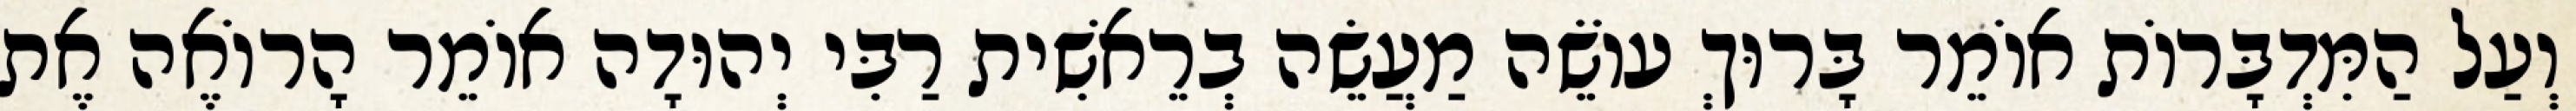
וְעַל הַמִּדְבָּרוֹת אוֹמֵר בָּרוּךְ עוֹשֵׂה מַעֲשֵׂה בְרֵאשִׁית רַבִּי יְהוּדָה אוֹמֵר הָרוֹאֶה אֶת